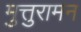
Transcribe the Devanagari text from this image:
मुत्तुरामन